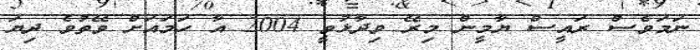
ނަމަވެސް ރައީސް ޔާމީން މިރޭ ވިދާޅުވީ 2004 އާ ހަމައަށް ވޭތުވެ ދިޔަ